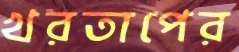
খরতাপের